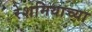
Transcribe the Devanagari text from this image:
रेशमियाच्या